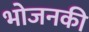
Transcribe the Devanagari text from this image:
भोजनकी